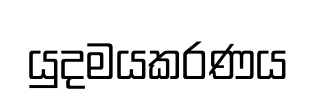
යුදමයකරණය